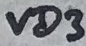
Text: VD3